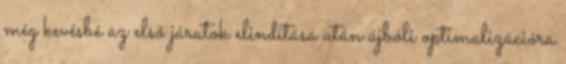
még kevésbé az első járatok elindítása után újbóli optimalizációra